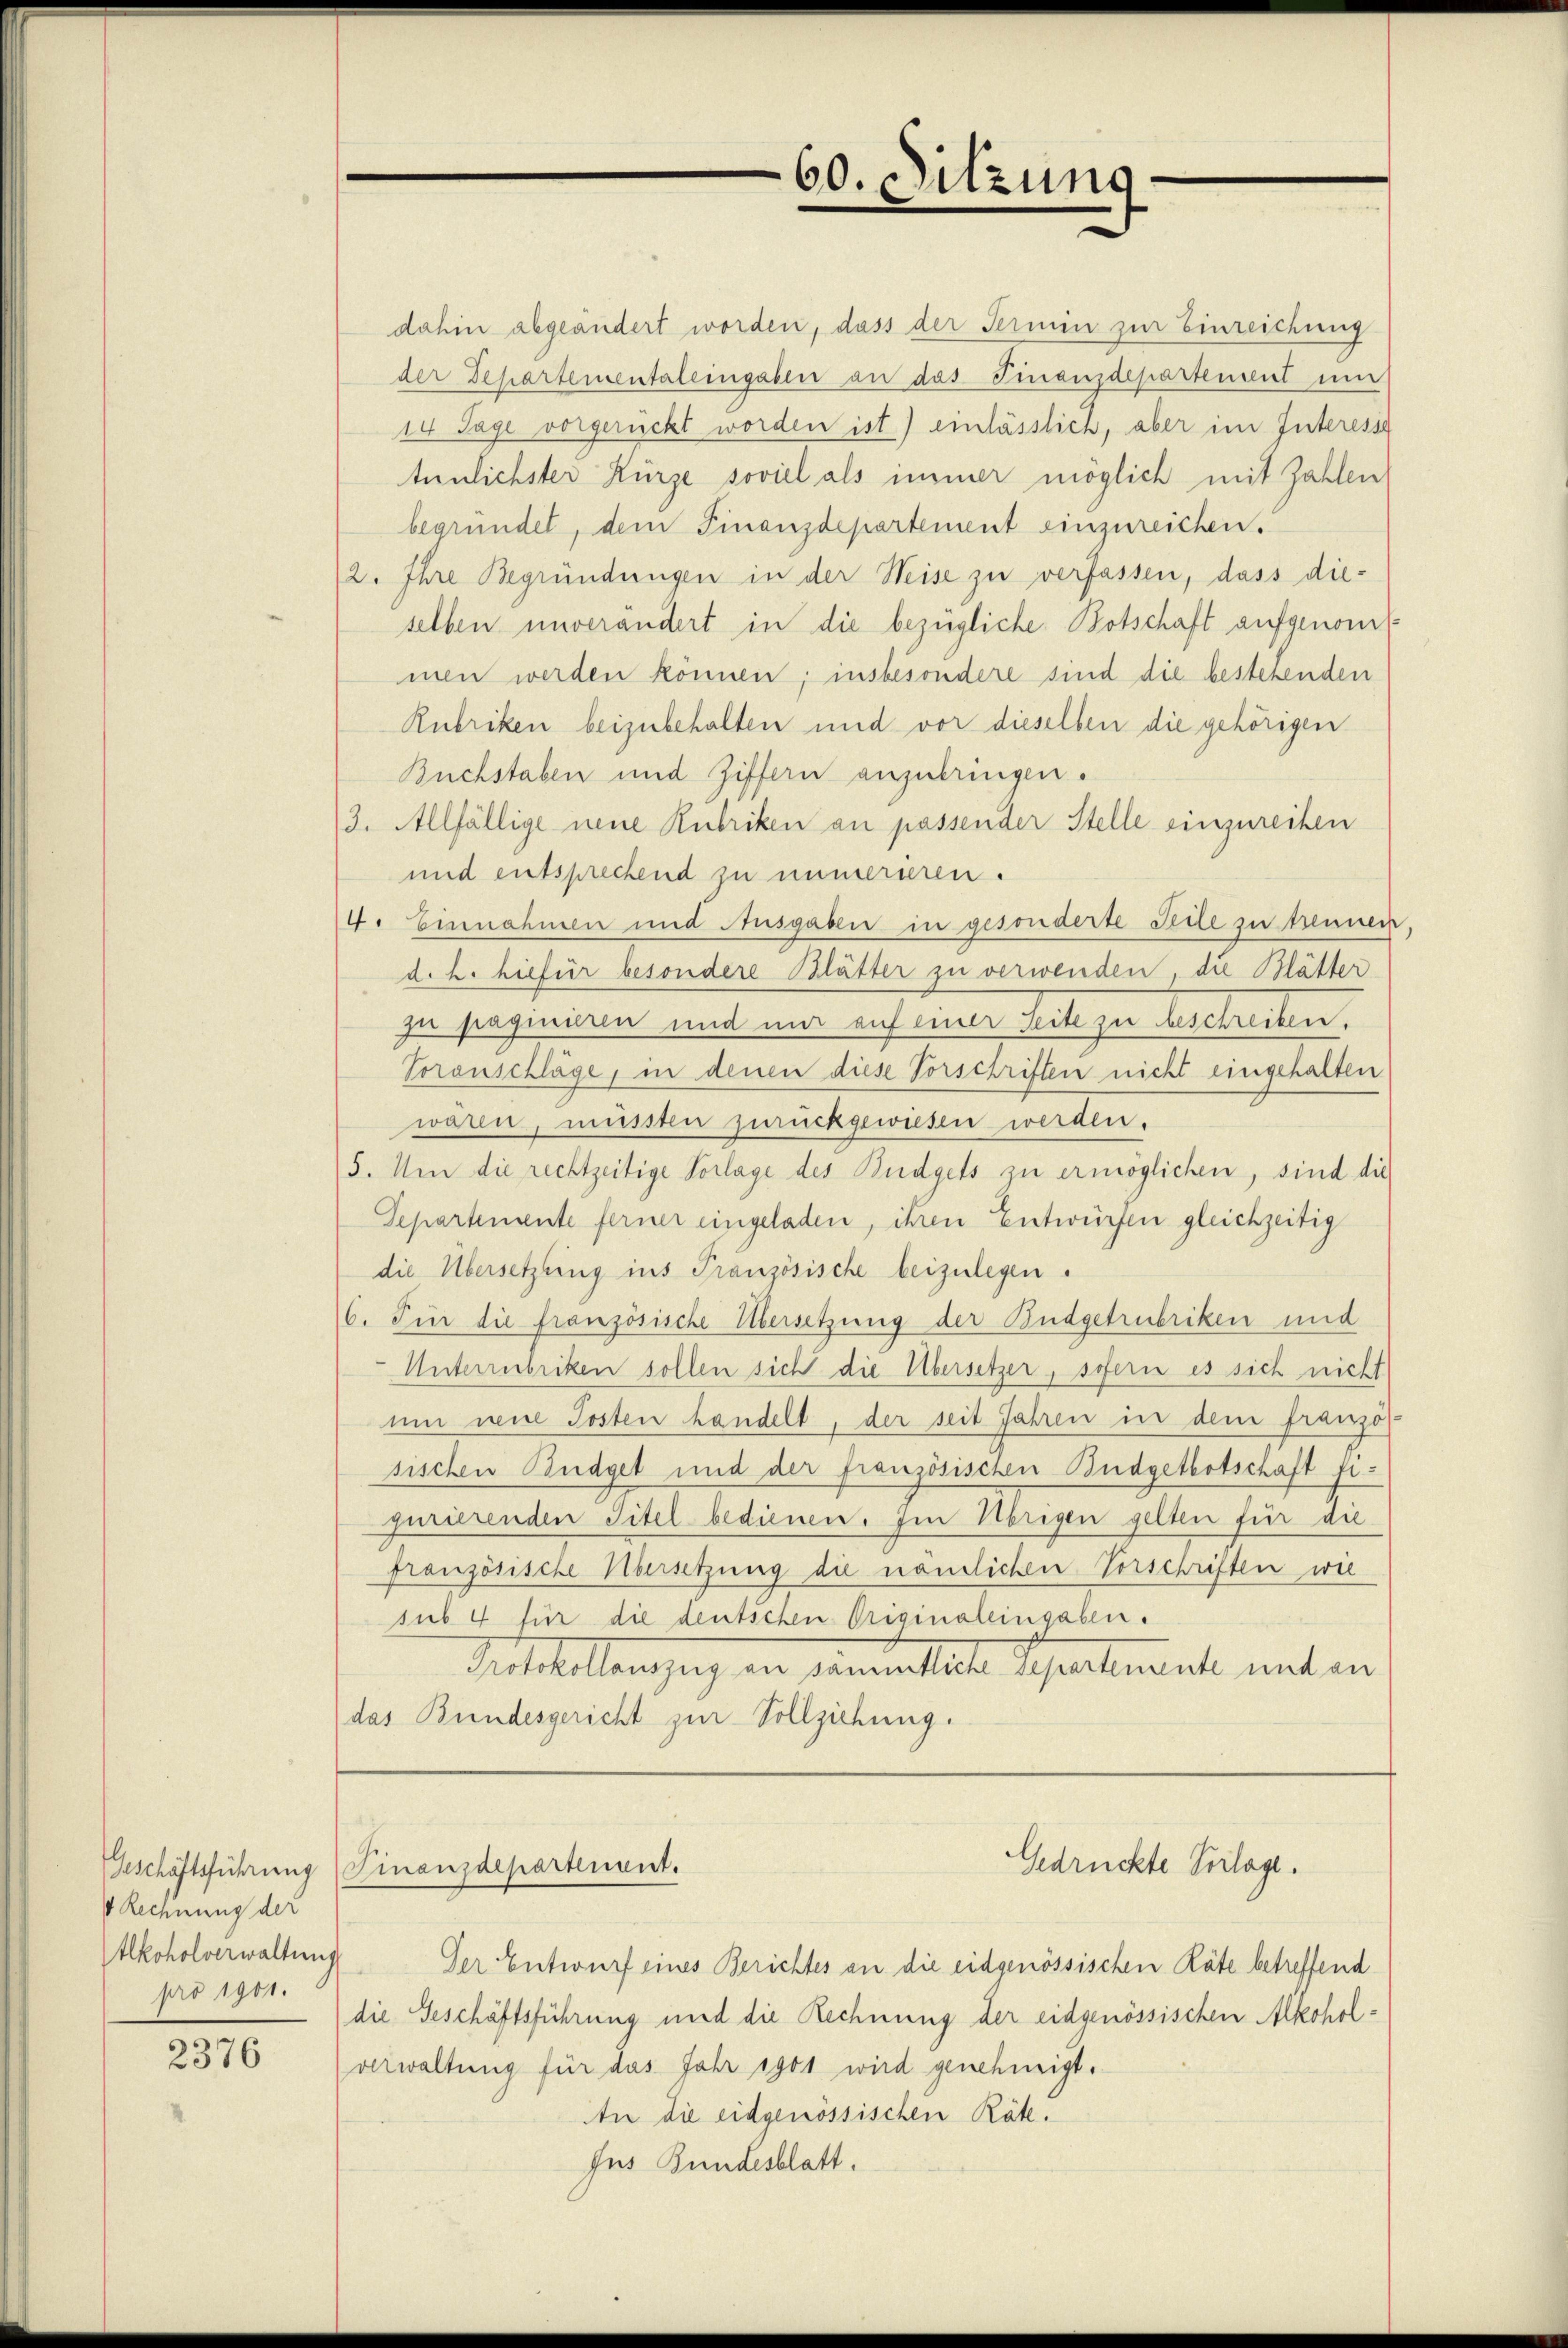
Rechnung der
Alkoholverwaltung
pro 1901.

2376

Geschäftsführung (Finanzdepartenant.

60. Sitzung

dahin abgeändert worden, dass der Termin zur Einreichung
der Departementaleingaben an das Finanzdepartement um
14 Tage vorgerückt worden ist) einlässlich, aber im Interesse
tunlichster Kürze soviel als immer möglich mit Zahlen
begründet, dem Finanzdepartement einzureichen.
2. Ihre Begründungen in der Weise zu verfassen, dass die-
selben unverändert in die bezügliche Botschaft aufgenom
men werden können; insbesondere sind die bestehenden
Rubriken beizubehalten und vor dieselben die gehörigen
Buchstaben und Ziffern anzubringen.
3. Allfällige neue Rubriken an passender Stelle einzureihen
und entsprechend zu immerieren.
4. Einnahmen und Ausgaben in gesonderte Seile zu trennen
d. h. hiefür besondere Blätter zu verwenden, die Blätter
zu pagmeisten und mir auf einer Seite zu beschreiben.
Voranschläge, in denen diese Vorschriften nicht eingehalten
waren, müssten zurückgewiesen werden.
5. Um die rechtzeitige Vorlage des Budgets zu ermöglichen, sind die
Separtemente ferner eingeladen, ihren Entwürfen gleichzeitig
die Übersetzling ins Französische beizulegen.
6. Für die französische Übersetzung der Budgetrubriken und
Unterbriken sollen sich die Übersetzer, sofern es sich nicht
um neue Posten handelt, der seit Jahren in dem franzo
sischen Budget und der französischen Budgetbotschaft figurierenden Titel bedienen. Im Übrigen gelten für die
französische Norsetzung die nämlichen Vorschriften wie
sub 4 für die deutschen Originaleingaben.
Polstellenzung an dementliche Departement mit an
das Bundesgericht zur Vollziehung.

Der Entwurf eines Berichtes an die eidgenössischen Räte betreffend
die Geschäftsführung und die Rechnung der eidgenössischen Alkoholverwaltung für das Jahr igot wird genehmigt.
An die eidgenössischen Räte!
Jus Bundesblatt.

Gedrückte Verlage.